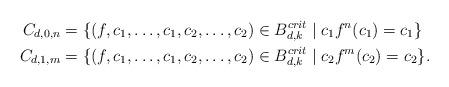
LaTeX: \begin{align*} C_{d,0,n} &= \{ (f, c_1, \ldots, c_1, c_2, \ldots, c_2) \in B^{crit}_{d,k} \;\vert\; c_1 f^n(c_1) = c_1\} \\ C_{d,1,m} &= \{ (f, c_1, \ldots, c_1, c_2, \ldots, c_2) \in B^{crit}_{d,k} \;\vert\; c_2 f^m(c_2) = c_2\}. \end{align*}